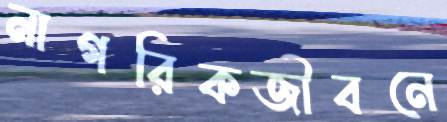
নাগরিকজীবনে